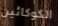
الكوكائين